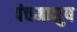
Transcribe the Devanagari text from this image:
पंचमानुष